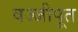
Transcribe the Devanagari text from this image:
वज्जीपूत